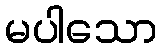
မပါသော